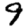
Digit: 9